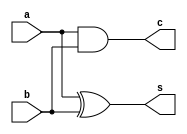
// Implementation of full adder
module ha(a,b,s,c);
	input a, b;
	output s, c;
	
	assign s = a ^ b;
	assign c = a & b;
endmodule